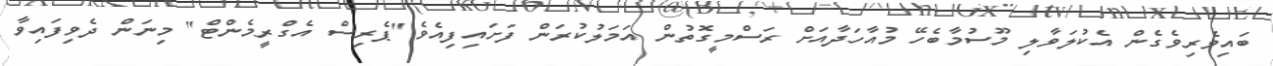
ބައިވެރިވެގެން އެކުލަވާލި މޫސުމާބެހޭ މުއާހަދާއަށް ރަސްމީގޮތުން އަމަލުކުރަން ފަށައިފިއެވެ."ޕެރިސް އެގްރީމެންޓް" މިނަން ދެވިފައިވާ